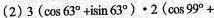
(2)3(cos63°+isin63°)∙2(cos99°+